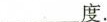
___度。